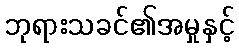
ဘုရားသခင်၏အမှုနှင့်